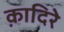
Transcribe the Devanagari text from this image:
क़ादिरे